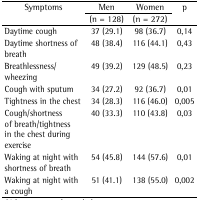
<table><thead><tr><td rowspan="2"><b>Symptoms</b></td><td><b>Men</b></td><td><b>Women</b></td><td rowspan="2"><b>p</b></td></tr><tr><td><b>(n = 128)</b></td><td><b>(n = 272)</b></td></tr></thead><tbody><tr><td>Daytime cough</td><td>37 (29.1)</td><td>98 (36.7)</td><td>0,14</td></tr><tr><td>Daytime shortness of breath</td><td>48 (38.4) </td><td>116 (44.1)</td><td>0,43</td></tr><tr><td>Breathlessness/wheezing</td><td>49 (39.2)</td><td>129 (48.5)</td><td>0,23</td></tr><tr><td>Cough with sputum</td><td>34 (27.2)</td><td>92 (36.7)</td><td>0,01</td></tr><tr><td>Tightness in the chest</td><td>34 (28.3)</td><td>116 (46.0)</td><td>0,005</td></tr><tr><td>Cough/shortness of breath/tightness in the chestduring exercise</td><td>40 (33.3)</td><td>110 (43.8)</td><td>0,03</td></tr><tr><td>Waking at night with shortness of breath</td><td>54 (45.8)</td><td>144 (57.6)</td><td>0,01</td></tr><tr><td>Waking at night with a cough</td><td>51 (41.1)</td><td>138 (55.0)</td><td>0,002</td></tr></tbody></table>